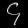
Digit: ၄